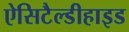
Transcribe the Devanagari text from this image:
ऐसिटैल्डीहाइड